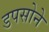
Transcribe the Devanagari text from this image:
डपसोने